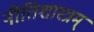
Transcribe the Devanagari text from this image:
नीतिशास्त्रम्‌